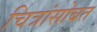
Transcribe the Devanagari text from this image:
चित्रांसोबत